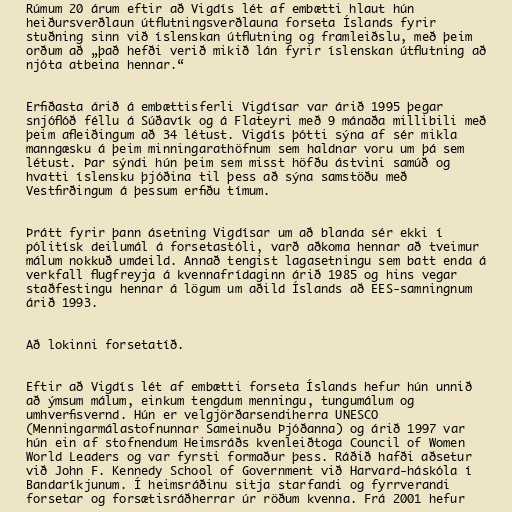
Rúmum 20 árum eftir að Vigdís lét af embætti hlaut hún
heiðursverðlaun útflutningsverðlauna forseta Íslands fyrir
stuðning sinn við íslenskan útflutning og framleiðslu, með þeim
orðum að „það hefði verið mikið lán fyrir íslenskan útflutning að
njóta atbeina hennar.“

Erfiðasta árið á embættisferli Vigdísar var árið 1995 þegar
snjóflóð féllu á Súðavík og á Flateyri með 9 mánaða millibili með
þeim afleiðingum að 34 létust. Vigdís þótti sýna af sér mikla
manngæsku á þeim minningarathöfnum sem haldnar voru um þá sem
létust. Þar sýndi hún þeim sem misst höfðu ástvini samúð og
hvatti íslensku þjóðina til þess að sýna samstöðu með
Vestfirðingum á þessum erfiðu tímum.

Þrátt fyrir þann ásetning Vigdísar um að blanda sér ekki í
pólitísk deilumál á forsetastóli, varð aðkoma hennar að tveimur
málum nokkuð umdeild. Annað tengist lagasetningu sem batt enda á
verkfall flugfreyja á kvennafrídaginn árið 1985 og hins vegar
staðfestingu hennar á lögum um aðild Íslands að EES-samningnum
árið 1993.

Að lokinni forsetatíð.

Eftir að Vigdís lét af embætti forseta Íslands hefur hún unnið
að ýmsum málum, einkum tengdum menningu, tungumálum og
umhverfisvernd. Hún er velgjörðarsendiherra UNESCO
(Menningarmálastofnunnar Sameinuðu Þjóðanna) og árið 1997 var
hún ein af stofnendum Heimsráðs kvenleiðtoga Council of Women
World Leaders og var fyrsti formaður þess. Ráðið hafði aðsetur
við John F. Kennedy School of Government við Harvard-háskóla í
Bandaríkjunum. Í heimsráðinu sitja starfandi og fyrrverandi
forsetar og forsætisráðherrar úr röðum kvenna. Frá 2001 hefur